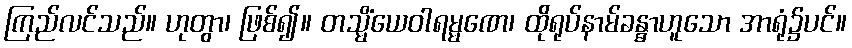
ကြည်လင်သည်။ ဟုတွာ၊ ဖြစ်၍။ တသ္မိံယေဝါရမ္မဏေ၊ ထိုရုပ်နာမ်ခန္ဓာဟူသော အာရုံ၌ပင်။